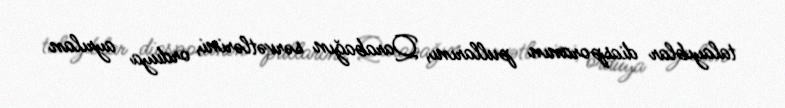
talayıblar diasporanın pullarını, Qarabağın sərvətlərini, orduya ayrılan